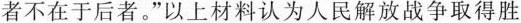
者不在于后者。”以上材料认为人民解放战争取得胜